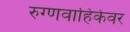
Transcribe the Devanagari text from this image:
रुग्णवाहिकेवर